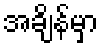
အချိန်မှာ